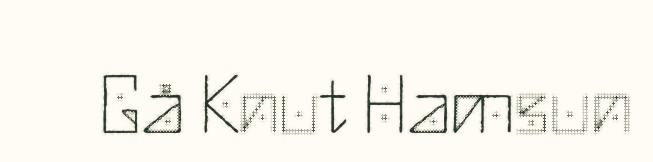
Gå Knut Hamsun